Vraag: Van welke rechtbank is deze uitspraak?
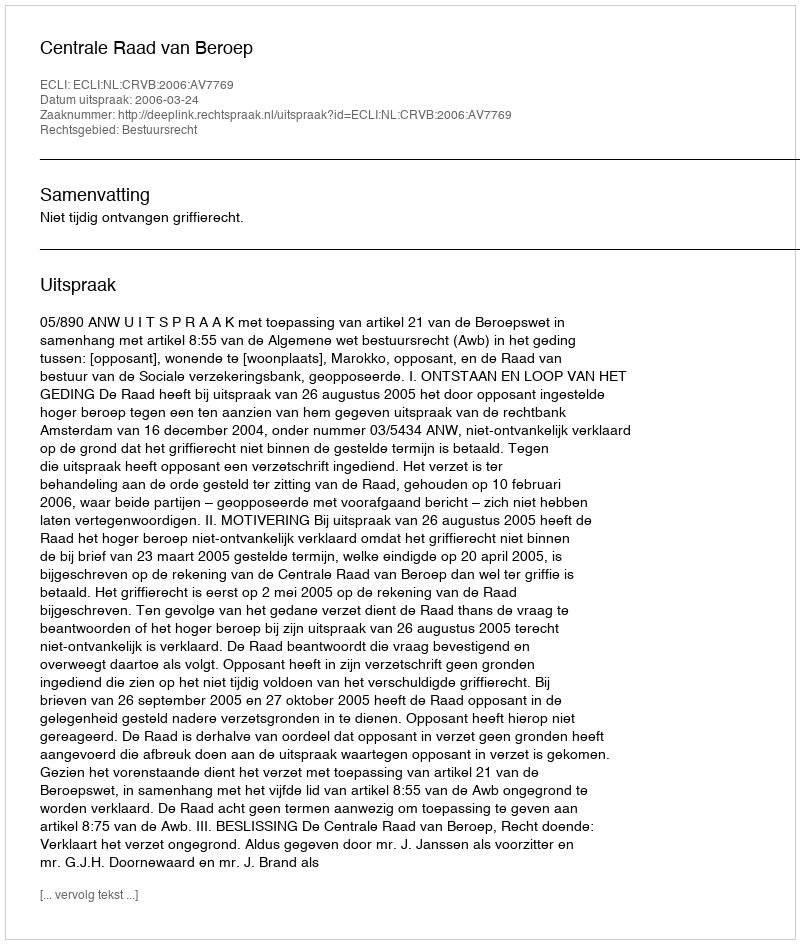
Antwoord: Centrale Raad van Beroep